Report of the King Institute of Preventive Medicine, Guindy
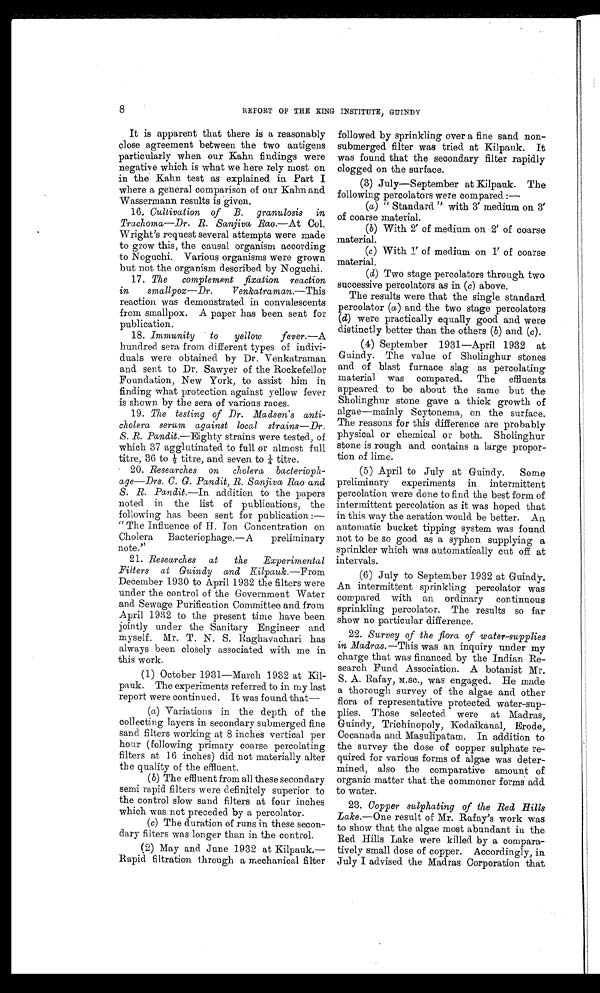
8
REPORT OF THE KING INSTITUTE, GUINDY
It is apparent that there is a reasonably
close agreement between the two antigens
particularly when our Kahn findings were
negative which is what we here rely most on
in the Kahn test as explained in Part I
where a general comparison of our Kahn and
Wassermann results is given.
16. Cultivation of B. granulosis in
Trachoma—Dr. R. Sanjiva Rao .—At Col.
Wright's request several attempts were made
to grow this, the causal organism according
to Noguchi. Various organisms were grown
but not the organism described by Noguchi.
17. The complement fixation reaction
in smallpox—Dr. Venkatraman.— This
reaction was demonstrated in convalescents
from smallpox. A paper has been sent for
publication.
18. Immunity to yellow fever.— A
hundred sera from different types of indivi
- d u a l s w e r e o b t a i n e d b y D r . V e n k a t r a m a n
and sent to Dr. Sawyer of the Rockefellor
Foundation, New York, to assist him in
finding what protection against yellow fever
is shown by the sera of various races.
19. The testing of Dr. Madsen's anti
- c h o l e r a s e r u m a g a i n s t l o c a l s t r a i n s — D r .
S. R. Pandit.—Eighty strains were tested, of
which 37 agglutinated to full or almost full
titre, 36 to ½t i t r e , a n d s e v e n t o ¼
t i t r e .
20. Researches on cholera bacterioph
- a g e — D r s . C . G . P a n d i t , R . S a n j i v a R a o a n d
S. R. Pandit.—In addition to the papers
noted in the list of publications, the
following has been sent for publication :—
" T h e I n f l u e n c e o f H . I o n C o n c e n t r a t i o n o n .
Cholera Bacteriophage.— A preliminary
note."
21. Researches at the Experimental
Filters at Guindy and Kilpauk.—From
December 1930 to April 1932 the filters were
under the control of the Government Water
and Sewage Purification Committee and from
April 1932 to the present time have been
jointly under the Sanitary Engineer and
myself. Mr. T. N. S. Raghavachari has
always been closely associated with me in
this work.
(1) October 1931—March 1932 at Kil
-pauk. The experiments referred to in my last
report were continued. It was found that—
(a) Variations in the depth of the
collecting layers in secondary submerged fine
sand. filters working at 8 inches vertical per
hour ( following primary coarse percolating
filters at 16 inches) did not materially alter
the quality of the effluent.
(b) The effluent from all these secondary
semi rapid filters were definitely superior to
the control slow sand filters at four inches
which was not preceded by a percolator.
(c) The duration of runs in these secon
-dary filters was longer than in the control.
(2) May and June 1932 at Kilpauk.
—Rapid filtration through a mechanical filter
followed. by sprinkling over a fine sand non
- s u b m e r g e d f i l t e r w a s t r i e d a t K i l p a u k . I t
was found that the secondary filter rapidly
clogged on the surface.
(3) July—September at Kilpauk. The
following percolators were compared:—
(a) " Standard" with 3' medium on 3'
of coarse material.
(b) With 2' of medium on 2' of coarse
material.
(c) With 1' of medium on 1' of coarse
material.
(d) Two stage percolators through two
successive percolators as in (c) above.
The results were that the single standard
percolator ( a ) and the two stage percolators
(d) were practically equally good and were
distinctly better than the others (b) and (c ).
(4) September 1931—April 1932 at
Guindy. The value of Sholinghur stones
and of blast furnace slag as percolating
material was compared. The effluents
appeared to be about the same but the
Sholinghur stone gave a thick growth of
algae—mainly Scytonema, on the surface.
The reasons for this difference are probably
physical or chemical or both. Sholinghur
stone is rough and contains a large propor
-tion of lime.
(5) April to July at Guindy. Some
preliminary experiments in intermittent
percolation were done to find the best form of
intermittent percolation as it was hoped that
in this way the aeration would be better. An
automatic bucket tipping system was found
not to be so good as a syphon supplying a
sprinkler which was automatically cut off at
intervals.
(6) July to September 1932 at Guindy.
An intermittent sprinkling percolator was
compared with an ordinary continuous
sprinkling percolator. The results so far
show no particular difference.
22. Survey of the flora of water-supplies
in Madras.—This was an inquiry under my
charge that was financed by the Indian Re
- s e a r c h F u n d A s s o c i a t i o n . A b o t a n i s t M r .
S. A. Rafay, M.sc., was engaged. He made
a thorough survey of the algae and other
flora of representative protected. water-sup
- p l i e s . T h o s e s e l e c t e d w e r e a t M a d r a s ,
Guindy, Trichinopoly, Kodaikanal, Erode,
Cocanada and Masulipatam. In addition to
the survey the dose of copper sulphate re
-quired for various forms of algae was deter
- m i n e d , a l s o t h e c o m p a r a t i v e a m o u n t o f
organic matter that the commoner forms add
to water.
23. Copper sulphating of the Red Hills
Lake.—One result of Mr. Rafay's work was
to show that the algae most abundant in the
Red Hills Lake were killed by a compara
- t i v e l y s m a l l d o s e o f c o p p e r . A c c o r d i n g l y , i n
July I advised the Madras Corporation that